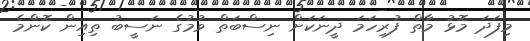
މިފަދަ މޮޅު މާތް ފުރިހަމަ ދީނަކަށް ނިސްބަތް ވުމުގެ ނަސީބު ތިއިން ކޮންމެ